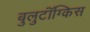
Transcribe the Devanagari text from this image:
बुलुटॉंग्किस